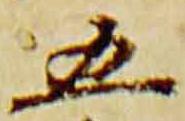
五